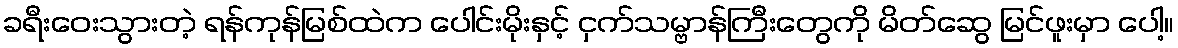
ခရီးဝေးသွားတဲ့ ရန်ကုန်မြစ်ထဲက ပေါင်းမိုးနှင့် ငှက်သမ္ဗာန်ကြီးတွေကို မိတ်ဆွေ မြင်ဖူးမှာ ပေါ့။